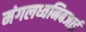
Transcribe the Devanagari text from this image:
मंगलध्वनिबजाई